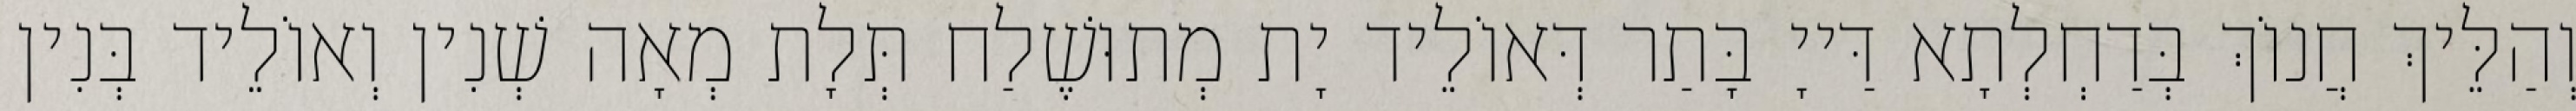
וְהַלֵּיךְ חֲנוֹךְ בְּדַחְלְתָא דַּייָ בָּתַר דְּאוֹלֵיד יָת מְתוּשֶׁלַח תְּלָת מְאָה שְׁנִין וְאוֹלֵיד בְּנִין